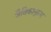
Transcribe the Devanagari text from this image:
जैविकानुरूप